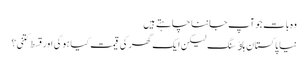
وہ بات جو آپ جاننا چاہتے ہیں
نیا پاکستان ہاﺅسنگ لیکن ایک گھر کی قیمت کیا ہوگی اور قسط کتنی؟